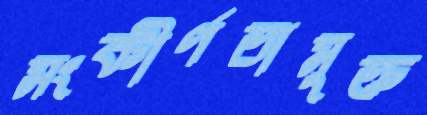
সংকীর্ণতামুক্ত